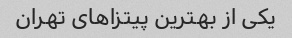
یکی از بهترین پیتزاهای تهران